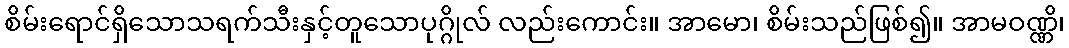
စိမ်းရောင်ရှိသောသရက်သီးနှင့်တူသောပုဂ္ဂိုလ် လည်းကောင်း။ အာမော၊ စိမ်းသည်ဖြစ်၍။ အာမဝဏ္ဏိ၊